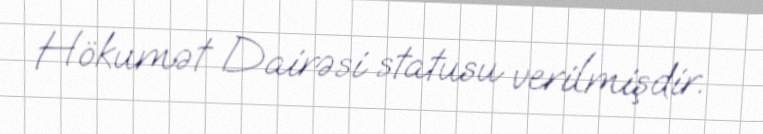
Hökumət Dairəsi statusu verilmişdir.